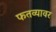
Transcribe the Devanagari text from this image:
फतव्यावर